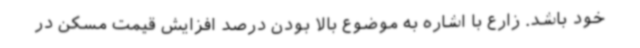
خود باشد. زارع با اشاره به موضوع بالا بودن درصد افزایش قیمت مسکن در